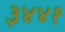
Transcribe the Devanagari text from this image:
३४४१